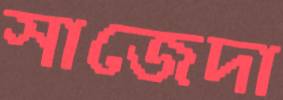
সাজেদা